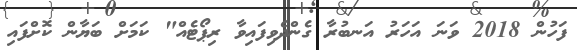
ފަހުން 2018 ވަނަ އަހަރު އަނބުރާ ގެންދެވިފައިވާ ރިޕޯޓެއް" ކަމަށް ބަޔާން ކޮށްފައި